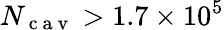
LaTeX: N_{\mathrm{~c~a~v~}}>1.7\times 10^{5}